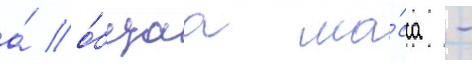
а́ о́бщаа ма́сса -